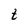
Character: t